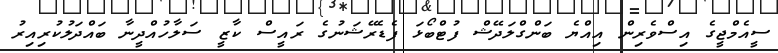
ސީއެމްޖީގެ އިސްވެރިން އިއްޔެ ބަންގްލަދޭޝް ފުޓްބޯޅަ ފެޑެރޭޝަނުގެ ރައީސް ކާޒީ ސަލާހުއްދީނާ ބައްދަލުކުރިއިރު